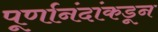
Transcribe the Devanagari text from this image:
पूर्णानंदांकडून